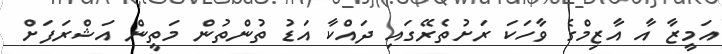
އަމީޒާ އާ އާޒިމްގެ ވާހަކަ ރަށުތެރޭގައި ދައްކާ އަޑު ތުންތުން މަތީން އަޝްރަފަށް